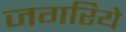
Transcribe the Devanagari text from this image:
जगरिये